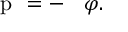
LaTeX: \mathrm { \boldmath ~ p ~ } = - \mathrm { \boldmath ~ \nabla ~ } \varphi .